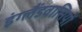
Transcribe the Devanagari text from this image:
इंग्लैंडवासियों